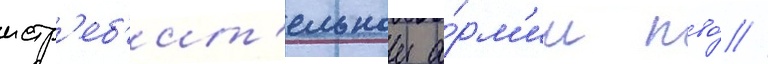
истр'еб'ит'ельнои а́рм'ии пво́ //